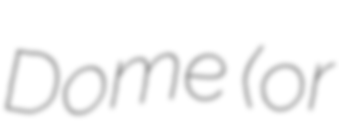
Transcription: Dome (or